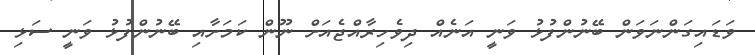
ވަޑައިގަންނަވަން ބޭނުންފުޅު ވަނީ އަނެއް ދިވެހިރާއްޖެއަށް ނޫން ކަމަށާއި ބޭނުންފުޅު ވަނީ ސަޅި